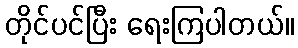
တိုင်ပင်ပြီး ရေးကြပါတယ်။